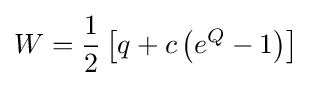
W={\frac {1}{2}}\left[q+c\left(e^{Q}-1\right)\right]